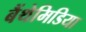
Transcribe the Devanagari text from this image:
बैंथेमिडिया